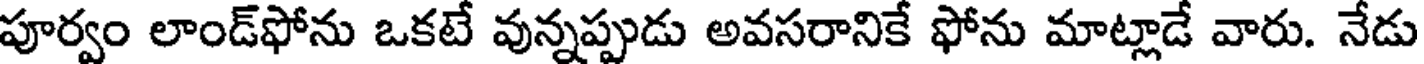
పూర్వం లాండ్ఫోను ఒకటే వున్నప్పుడు అవసరానికే ఫోను మాట్లాడే వారు. నేడు